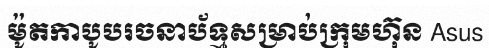
ម៉ូតកាបូបរចនាប័ទ្មសម្រាប់ក្រុមហ៊ុន Asus